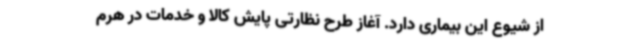
از شیوع این بیماری دارد. آغاز طرح نظارتی پایش کالا و خدمات در هرم